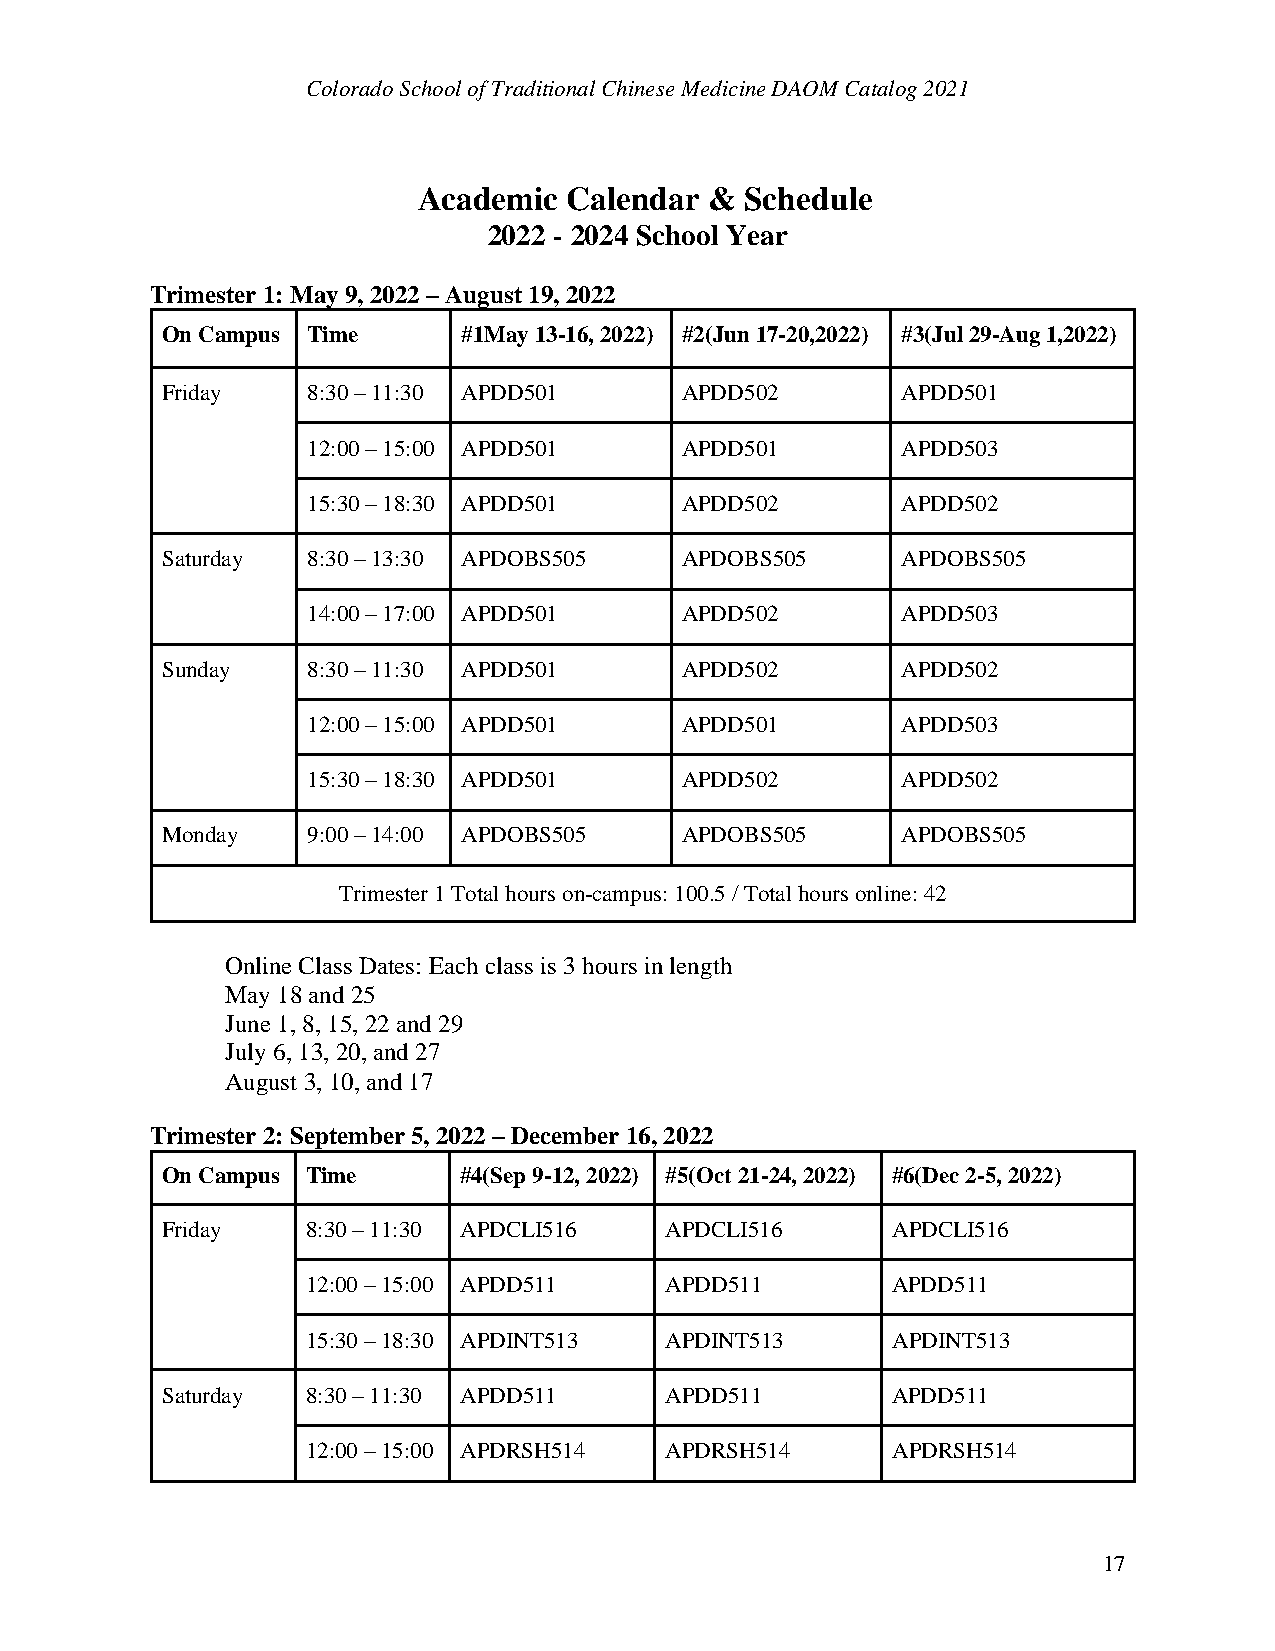
Colorado School of Traditional Chinese Medicine DAOM Catalog 2021
 Academic  Calendar & Schedule
 2022 - 2024 School Year
 Trimester 1: May 9, 2022 – August 19, 2022
 On Campus Time      #1May 13-16, 2022) #2(Jun 17-20,2022) #3(Jul 29-Aug 1,2022)
 Friday   8:30 – 11:30 APDD501     APDD502        APDD501
 12:00 – 15:00 APDD501    APDD501        APDD503
 15:30 – 18:30 APDD501    APDD502        APDD502
 Saturday 8:30 – 13:30 APDOBS505   APDOBS505      APDOBS505
 14:00 – 17:00 APDD501    APDD502        APDD503
 Sunday   8:30 – 11:30 APDD501     APDD502        APDD502
 12:00 – 15:00 APDD501    APDD501        APDD503
 15:30 – 18:30 APDD501    APDD502        APDD502
 Monday   9:00 – 14:00 APDOBS505   APDOBS505      APDOBS505
 Trimester 1 Total hours on-campus: 100.5 / Total hours online: 42
 Online Class Dates: Each class is 3 hours in length
 May 18 and 25
 June 1, 8, 15, 22 and 29
 July 6, 13, 20, and 27
 August 3, 10, and 17
 Trimester 2: September 5, 2022 – December 16, 2022
 On Campus Time     #4(Sep 9-12, 2022) #5(Oct 21-24, 2022) #6(Dec 2-5, 2022)
 Friday   8:30 – 11:30 APDCLI516  APDCLI516      APDCLI516
 12:00 – 15:00 APDD511   APDD511        APDD511
 15:30 – 18:30 APDINT513 APDINT513      APDINT513
 Saturday 8:30 – 11:30 APDD511    APDD511        APDD511
 12:00 – 15:00 APDRSH514 APDRSH514      APDRSH514
 17